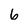
Character: 6